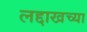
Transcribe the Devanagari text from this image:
लद्दाखच्या